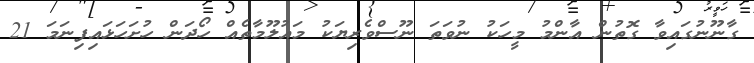
ގާނޫނުގައިވާ ގޮތުން އާންމު މީހަކު ނުވަތަ ނޫސްވެރިޔަކު މައުލޫމާތެއް ހޯދަން ހުށަހަޅައިފިނަމަ 21